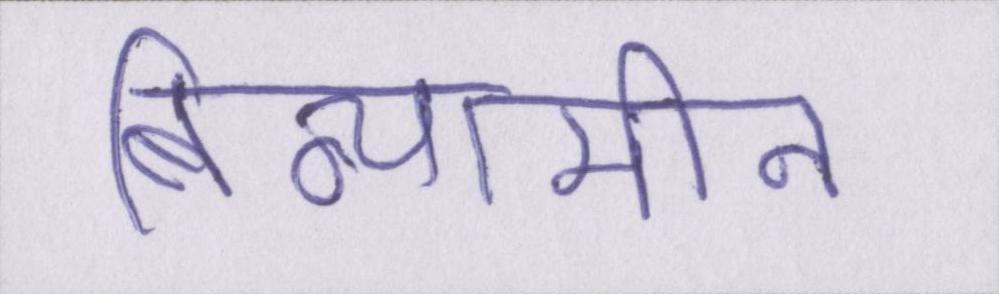
बिन्यामीन